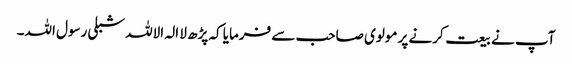
آپ نے بیعت کرنے پر مولوی صاحب سے فرمایا کہ پڑھ لا الہ الاللہ شبلی رسول اللہ۔